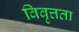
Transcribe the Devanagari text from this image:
विवृत्तता